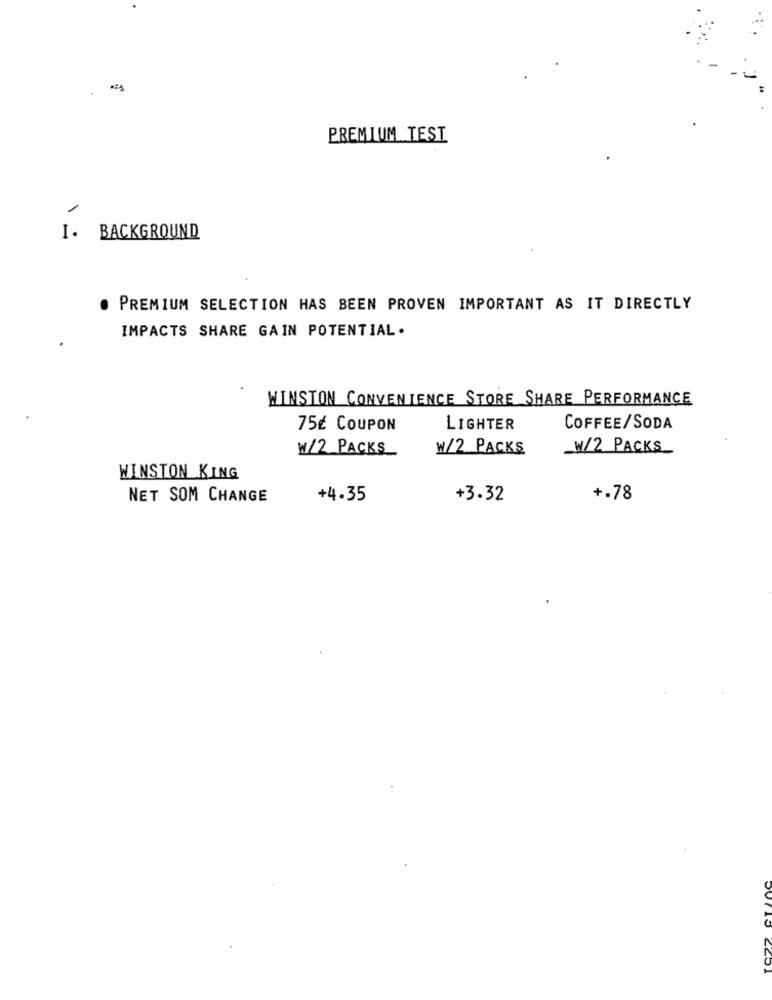
PREMIUM TEST
I. BACKGROUND
. PREMIUM SELECTION HAS BEEN PROVEN IMPORTANT AS IT DIRECTLY
IMPACTS SHARE GAIN POTENTIAL.
WINSTON CONVENIENCE STORE SHARE PERFORMANCE
75€ COUPON
LIGHTER
COFFEE/SODA
W/2 PACKS
W/2 PACKS
W/2 PACK_
WINSTON KING
NET SOM CHANGE
+4.35
+3.32
+.78
2201